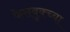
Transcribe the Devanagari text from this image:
फेसबुक्च्या